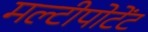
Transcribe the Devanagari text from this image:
मल्टीपोटेंट